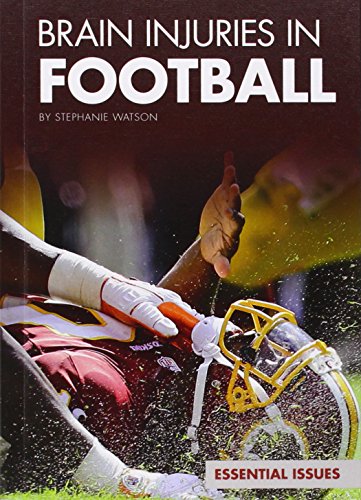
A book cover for Brain Injuries in Football (Essential Issues); Stephanie Watson; Teen & Young Adult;